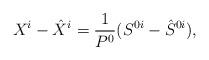
LaTeX: \begin{align*}X^i-\hat{X}^i=\frac{1}{P^0}(S^{0i}-\hat{S}^{0i}),\end{align*}